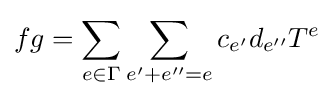
fg=\sum _{e\in \Gamma }\sum _{e'+e''=e}c_{e'}d_{e''}T^{e}